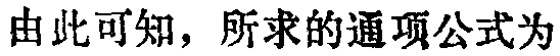
由此可知，所求的通项公式为